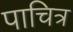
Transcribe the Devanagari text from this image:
पाचित्र